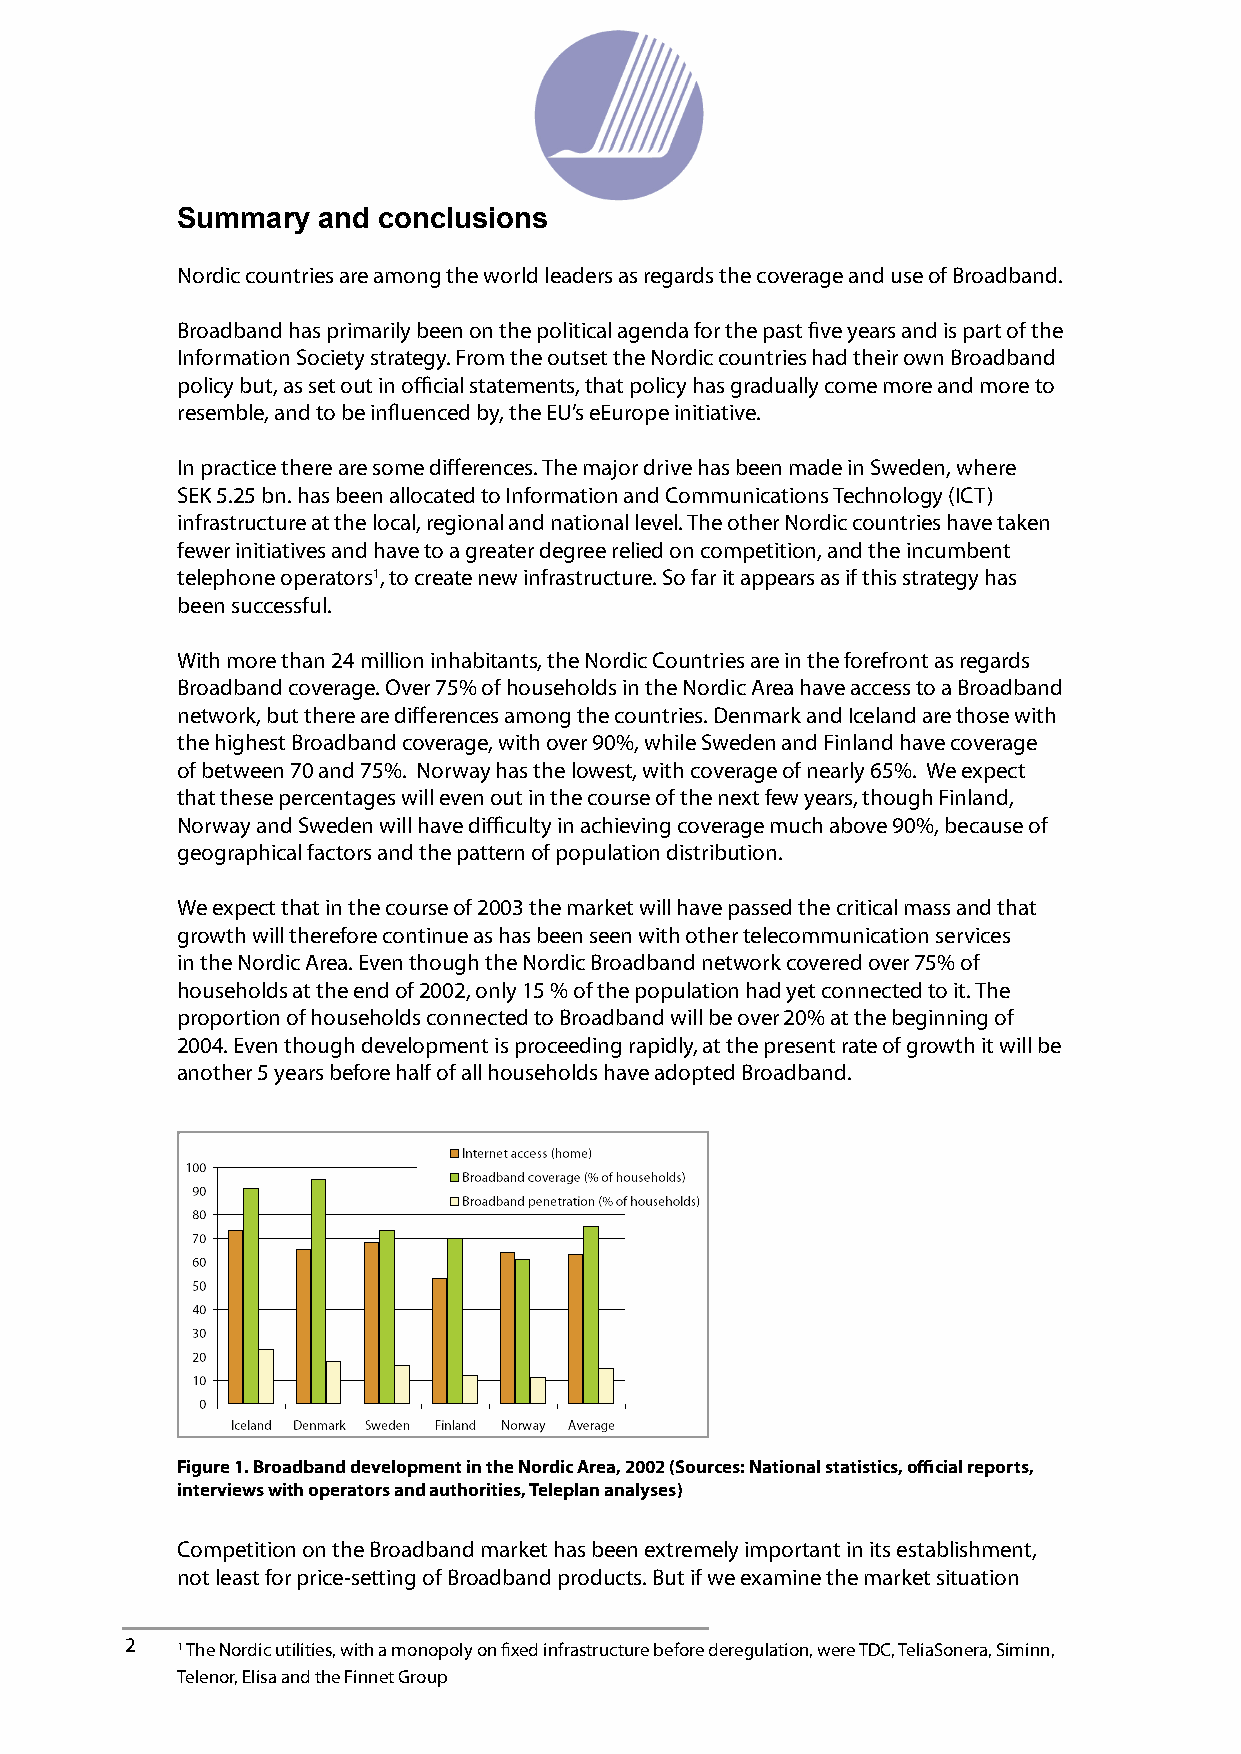
Summary  and conclusions
 Nordic countries are among the world leaders as regards the coverage and use of Broadband.
 Broadband has primarily been on the political agenda for the past fi ve years and is part of the
 Information Society strategy. From the outset the Nordic countries had their own Broadband
 policy but, as set out in offi cial statements, that policy has gradually come more and more to
 resemble, and to be infl uenced by, the EU’s eEurope initiative.
 In practice there are some diff erences. The major drive has been made in Sweden, where
 SEK 5.25 bn. has been allocated to Information and Communications Technology (ICT)
 infrastructure at the local, regional and national level. The other Nordic countries have taken
 fewer initiatives and have to a greater degree relied on competition, and the incumbent
 telephone operators1, to create new infrastructure. So far it appears as if this strategy has
 been successful.
 With more than 24 million inhabitants, the Nordic Countries are in the forefront as regards
 Broadband coverage. Over 75% of households in the Nordic Area have access to a Broadband
 network, but there are diff erences among the countries. Denmark and Iceland are those with
 the highest Broadband coverage, with over 90%, while Sweden and Finland have coverage
 of between 70 and 75%. Norway has the lowest, with coverage of nearly 65%. We expect
 that these percentages will even out in the course of the next few years, though Finland,
 Norway and Sweden will have diffi culty in achieving coverage much above 90%, because of
 geographical factors and the pattern of population distribution.
 We expect that in the course of 2003 the market will have passed the critical mass and that
 growth will therefore continue as has been seen with other telecommunication services
 in the Nordic Area. Even though the Nordic Broadband network covered over 75% of
 households at the end of 2002, only 15 % of the population had yet connected to it. The
 proportion of households connected to Broadband will be over 20% at the beginning of
 2004. Even though development is proceeding rapidly, at the present rate of growth it will be
 another 5 years before half of all households have adopted Broadband.
 Figure 1. Broadband development in the Nordic Area, 2002 (Sources: National statistics, offi cial reports,
 interviews with operators and authorities, Teleplan analyses)
 Competition on the Broadband market has been extremely important in its establishment,
 not least for price-setting of Broadband products. But if we examine the market situation
 2   1 The Nordic utilities, with a monopoly on fi xed infrastructure before deregulation, were TDC, TeliaSonera, Siminn,                           3
 Telenor, Elisa and the Finnet Group